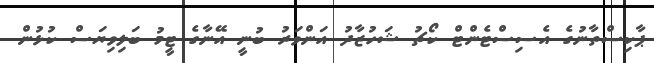
ޕާކިސްތާނުގެ އެސިސްޓެންޓް ކޯޗު ޝަހުޒާދު އަންވަރު ބުނީ އޭނާގެ ޓީމު ބަލިވިޔަސް ކުޅުން